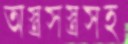
অস্ত্রসস্ত্রসহ